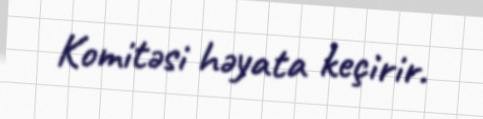
Komitəsi həyata keçirir.